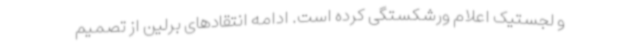
و لجستیک اعلام ورشکستگی کرده است. ادامه انتقادهای برلین از تصمیم